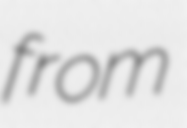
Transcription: from